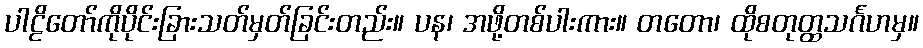
ပါဠိတော်ကိုပိုင်းခြားသတ်မှတ်ခြင်းတည်း။ ပန၊ အဖို့တစ်ပါးကား။ တတော၊ ထိုစတုတ္ထသင်္ဂဟမှ။